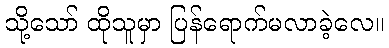
သို့သော် ထိုသူမှာ ပြန်ရောက်မလာခဲ့လေ။